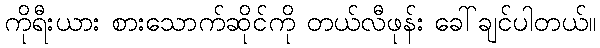
ကိုရီးယား စားသောက်ဆိုင်ကို တယ်လီဖုန်း ခေါ်ချင်ပါတယ်။